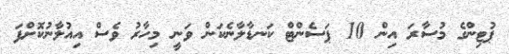
ޕުޓިންގެ މުސާރަ އިން 10 ޕަސެންޓް ކަނޑާލާނެކަން ވަނީ މިހާރު ވެސް އިއުލާނުކޮށްފަ